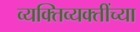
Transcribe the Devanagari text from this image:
व्यक्तिव्यक्तींच्या